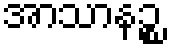
အာသာနဉ္စ